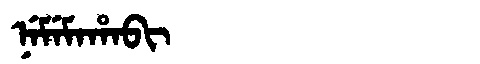
Manchu: ᠨᡝᠮᡝᠮᠠᡥᠠᠪᡳ
Romanization: NEMEMAHABI